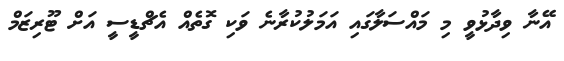
އޭނާ ވިދާޅުވީ މި މައްސަލާގައި އަމަލުކުރާނެ ވަކި ގޮތެއް އެޗްޑީސީ އަށް ޓޫރިޒަމް